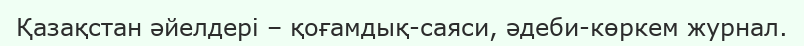
Қазақстан әйелдері – қоғамдық-саяси, әдеби-көркем журнал.